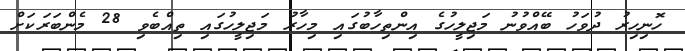
ހޮނިހިރު ދުވަހު ބޭއްވުނު މަޖިލީހުގެ އިންތިހާބުގައި މިހާރު މަޖިލީހުގައި ތިއްބެވި 28 މެންބަރަކަށް